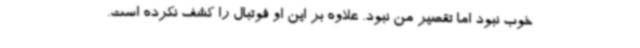
خوب نبود اما تقصیر من نبود. علاوه بر این او فوتبال را کشف نکرده است.